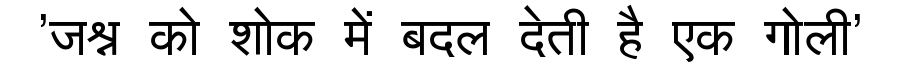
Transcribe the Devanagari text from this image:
'जश्न को शोक में बदल देती है एक गोली'